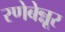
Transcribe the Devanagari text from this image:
रणेबेन्नूर